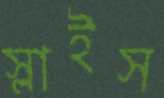
স্লাইস